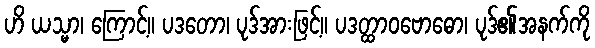
ဟိ ယသ္မာ၊ ကြောင့်။ ပဒတော၊ ပုဒ်အားဖြင့်။ ပဒတ္ထာဝဗောဓော၊ ပုဒ်၏အနက်ကို